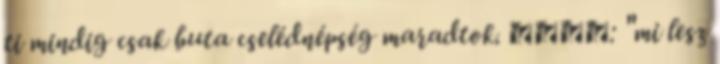
ti mindig csak buta cselédnépség maradtok. Союз: "mi lesz